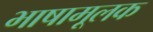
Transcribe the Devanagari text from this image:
भाषामूलक